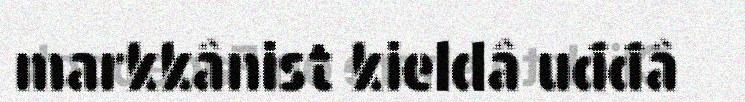
markkânist kieldâ uđđâ